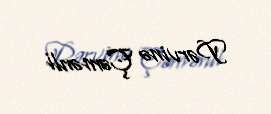
Pərvinə Çəmənli